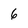
Character: 6